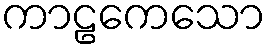
ကာဠကေသော